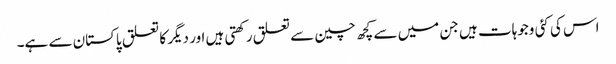
اس کی کئی وجوہات ہیں جن میں سے کچھ چین سے تعلق رکھتی ہیں اور دیگر کا تعلق پاکستان سے ہے۔